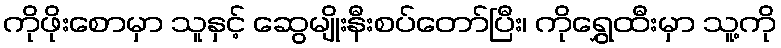
ကိုဖိုးစောမှာ သူနှင့် ဆွေမျိုးနီးစပ်တော်ပြီး၊ ကိုရွှေထီးမှာ သူ့ကို